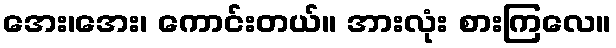
အေး၊အေး၊ ကောင်းတယ်။ အားလုံး စားကြလေ။